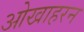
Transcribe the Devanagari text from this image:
ओखाहरन